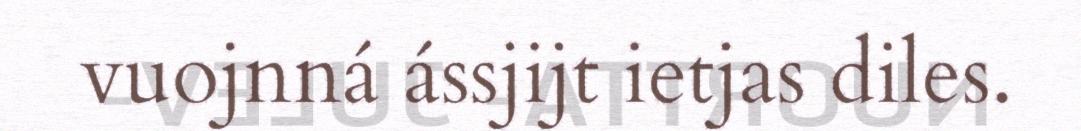
vuojnná ássjijt ietjas diles.